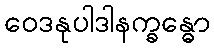
ဝေဒနုပါဒါနက္ခန္ဓော